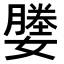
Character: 𫲀